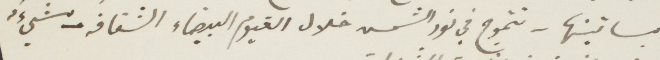
بساتينها- تتموج في نور الشمس خلال الغيوم البيضاء الشفافة - شيء